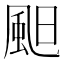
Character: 䫻